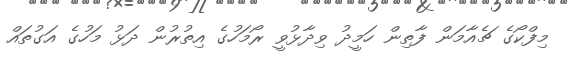
މިފްކޯގެ ޗެއާމަން ފާތިން ހަމީދު ވިދާޅުވީ ރޯމަހުގެ އިތުރުން ދަޅު މަހުގެ އަގުތައް